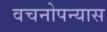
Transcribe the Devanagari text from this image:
वचनोपन्यास